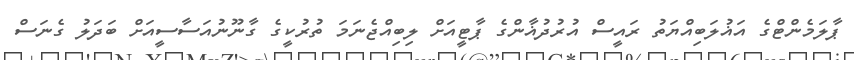
ޕާލަމެންޓްގެ އަޣުލަބިއްޔަތު ރައީސް އުރުދުޣާންގެ ޕާޓީއަށް ލިބިއްޖެނަމަ ތުރުކީގެ ގާނޫނުއަސާސީއަށް ބަދަލު ގެނަސް